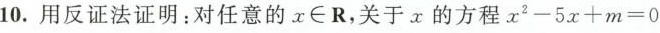
10.用反证法证明：对任意的x\inR，关于x的方程$$x2-5x+m=0$$